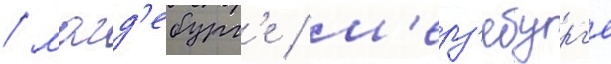
/ магд'ебург'е / м'ерз'ебург'е